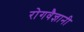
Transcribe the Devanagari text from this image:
रोगवैज्ञानी